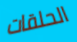
الحلقات